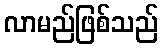
လာမည်ဖြစ်သည်